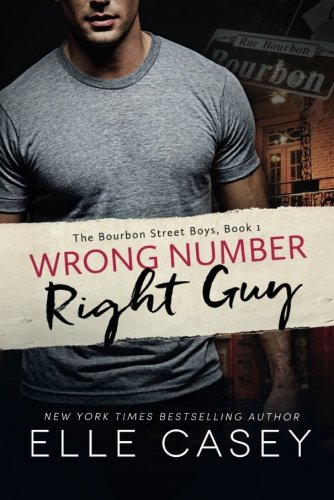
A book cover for Wrong Number, Right Guy (The Bourbon Street Boys); Elle Casey; Romance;